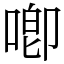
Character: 喞